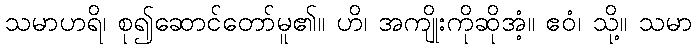
သမာဟရိ၊ စု၍ဆောင်တော်မူ၏။ ဟိ၊ အကျိုးကိုဆိုအံ့။ ဧဝံ၊ သို့။ သမာ